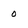
Character: 0